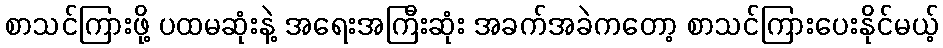
စာသင်ကြားဖို့ ပထမဆုံးနဲ့ အရေးအကြီးဆုံး အခက်အခဲကတော့ စာသင်ကြားပေးနိုင်မယ့်